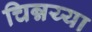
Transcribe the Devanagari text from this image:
चिन्नय्या